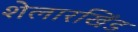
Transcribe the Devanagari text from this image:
शेलारखिंड